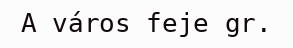
A város feje gr.